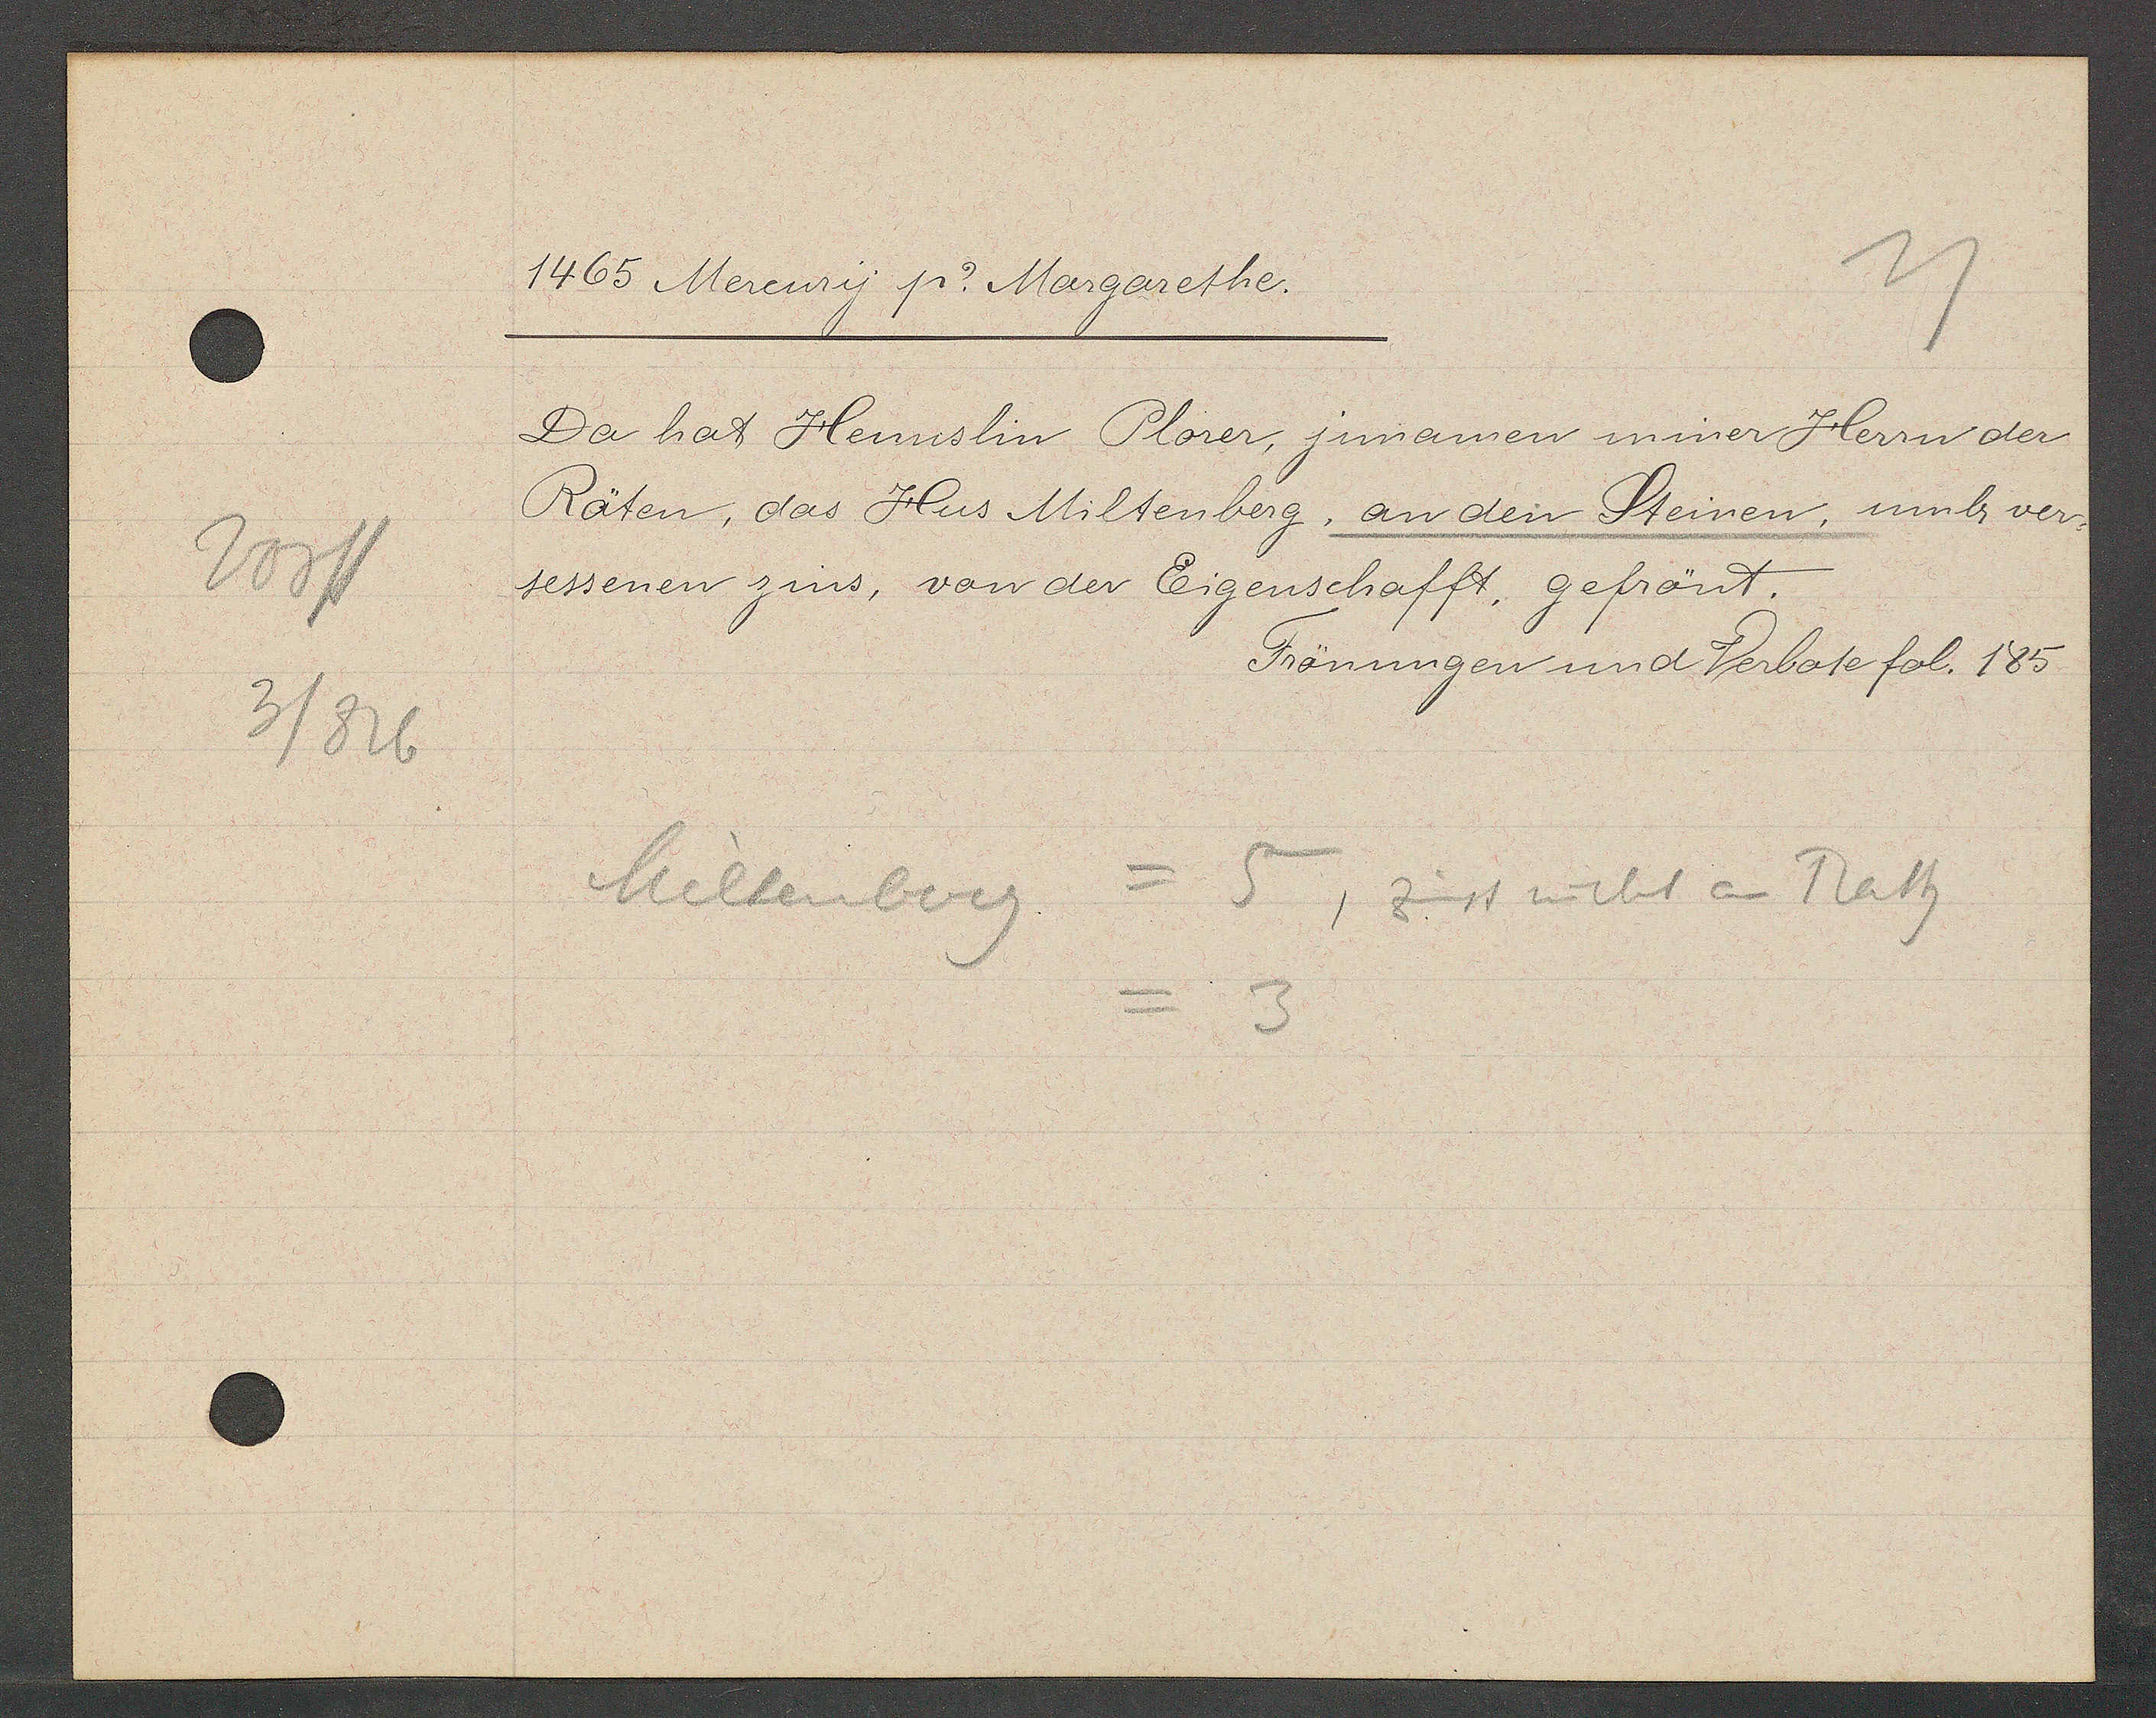
Transcript:
Vorst
3/826

1465 Mercury p. Margarethe.

Da hat Hennslin Plorer, jnnamen miner Herrn der
Räten, das Hus Miltenberg, an den Steinen, umb ver-
sessenen zins, von der Eigenschafft, gefrönt.

Frönungen und Verbote fol. 185

Miltenberg  = 5, zinst nicht an Rath
= 3